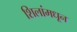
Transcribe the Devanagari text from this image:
शिलांमधून